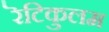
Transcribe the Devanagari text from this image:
रॆटिकुलम